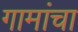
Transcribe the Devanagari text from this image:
गामांचा